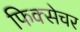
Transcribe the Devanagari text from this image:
फिक्सेचर